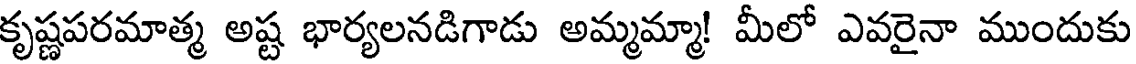
కృష్ణపరమాత్మ అష్ట భార్యలనడిగాడు అమ్మమ్మా! మీలో ఎవరైనా ముందుకు